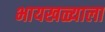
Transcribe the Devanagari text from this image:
भायखळ्याला